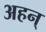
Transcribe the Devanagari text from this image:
अहन्